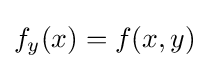
f_{y}(x)=f(x,y)